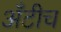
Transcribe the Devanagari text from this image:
अँटीच